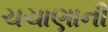
ચચાણાની